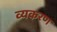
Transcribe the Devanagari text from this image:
व्यकरण